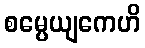
စမ္ပေယျကေဟိ